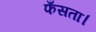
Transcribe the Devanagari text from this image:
फँसता।